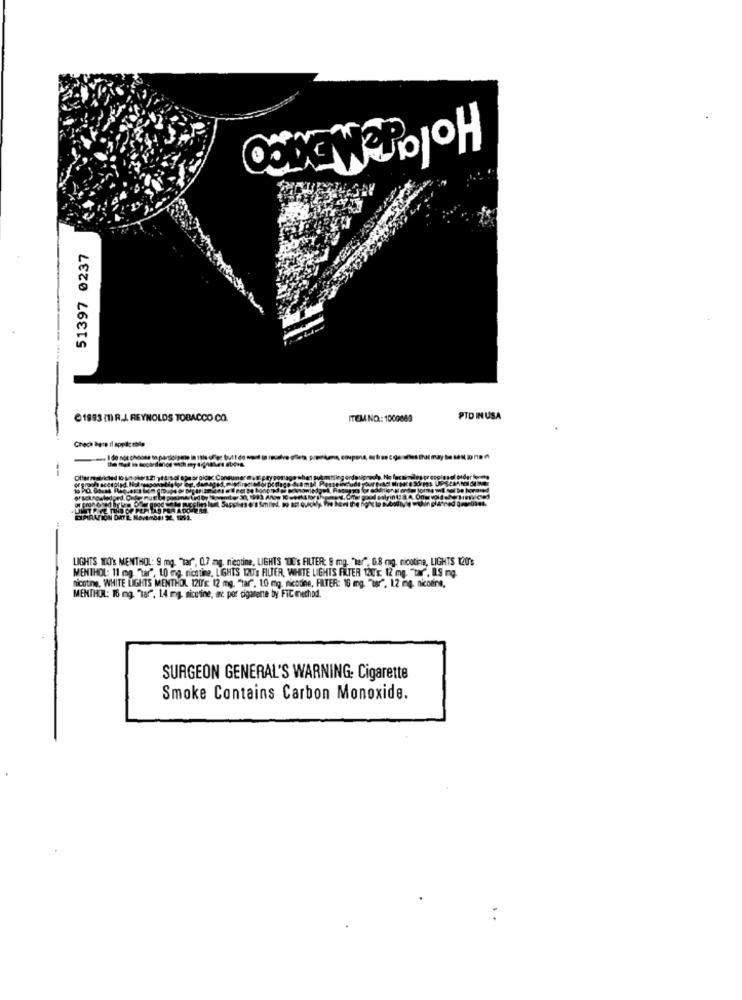
51397 0237
1993 (1) R.J. REYNOLDS TOBACCO CO.
ITEMINO: 1000889
PTD IN USA
Greca bare il applicable
Wicked!
" Fron Gned By
LIGHTS TOO's MENTHOL: 9 mg. "Tar", 0.7 mg. nicotine, LIGHTS DE's FILTER: 9 mg. "ter", 0.8 mg, nicotine, LIGHTS 120'%
MENTHOL: 11 mg. "tar", 10 ing, nichtine, LIGHTS 120's FILTER, WHITE LIGHTS FILTER OUT': 12 mg. "tar". 1.5 mg.
nicotine, WHITE LIGHTS MENTHOL 120'E 12 mg. "tar", 10 mg. nicotine, FILTER: 16 mg. "18", 12 mg, nicotine,
MENTHOL: 16 mg. "tar", 1.4 mg. nicotine, ex por cigarette by FTC method.
SURGEON GENERAL'S WARNING: Cigarette
Smoke Contains Carbon Monoxide.